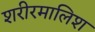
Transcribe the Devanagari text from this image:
शरीरमालिश